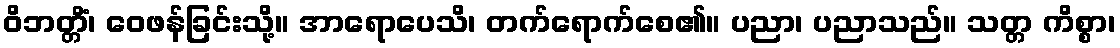
ဝိဘတ္တိံ၊ ဝေဖန်ခြင်းသို့။ အာရောပေသိ၊ တက်ရောက်စေ၏။ ပညာ၊ ပညာသည်။ သတ္တ ကိစ္စာ၊